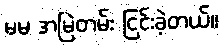
မမ အမြဲတမ်း ငြင်းခဲ့တယ်။